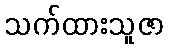
သက်ထားသူဇာ